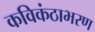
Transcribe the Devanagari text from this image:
कविकंठाभरण